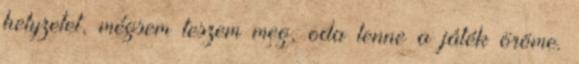
helyzetet, mégsem teszem meg, oda lenne a játék öröme.